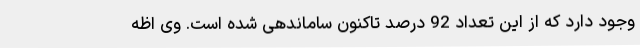
وجود دارد که از این تعداد 92 درصد تاکنون ساماندهی شده است. وی اظه